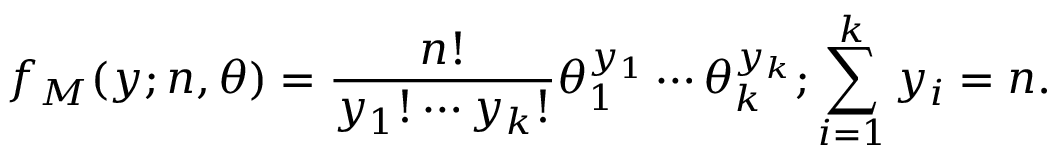
f _ { M } ( \boldsymbol y ; n , \boldsymbol { \theta } ) = \frac { n ! } { y _ { 1 } ! \cdots y _ { k } ! } \theta _ { 1 } ^ { y _ { 1 } } \cdots \theta _ { k } ^ { y _ { k } } ; \sum _ { i = 1 } ^ { k } y _ { i } = n .